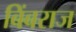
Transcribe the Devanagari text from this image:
बिंबराज